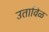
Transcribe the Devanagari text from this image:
उताविळ